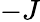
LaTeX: -J